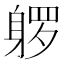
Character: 𰸿